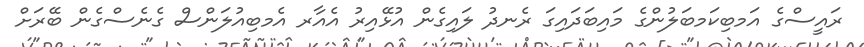
ރައީސްގެ އަމބިކަމބަލުންގެ މައިބަދައިގަ ރެނދު ލައިގެން އުޅޭއިރު އެއާރ އެމބިއުލަންސް ގެނެސްގެން ބޭރަށް